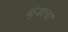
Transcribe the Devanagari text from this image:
कुंडाचा